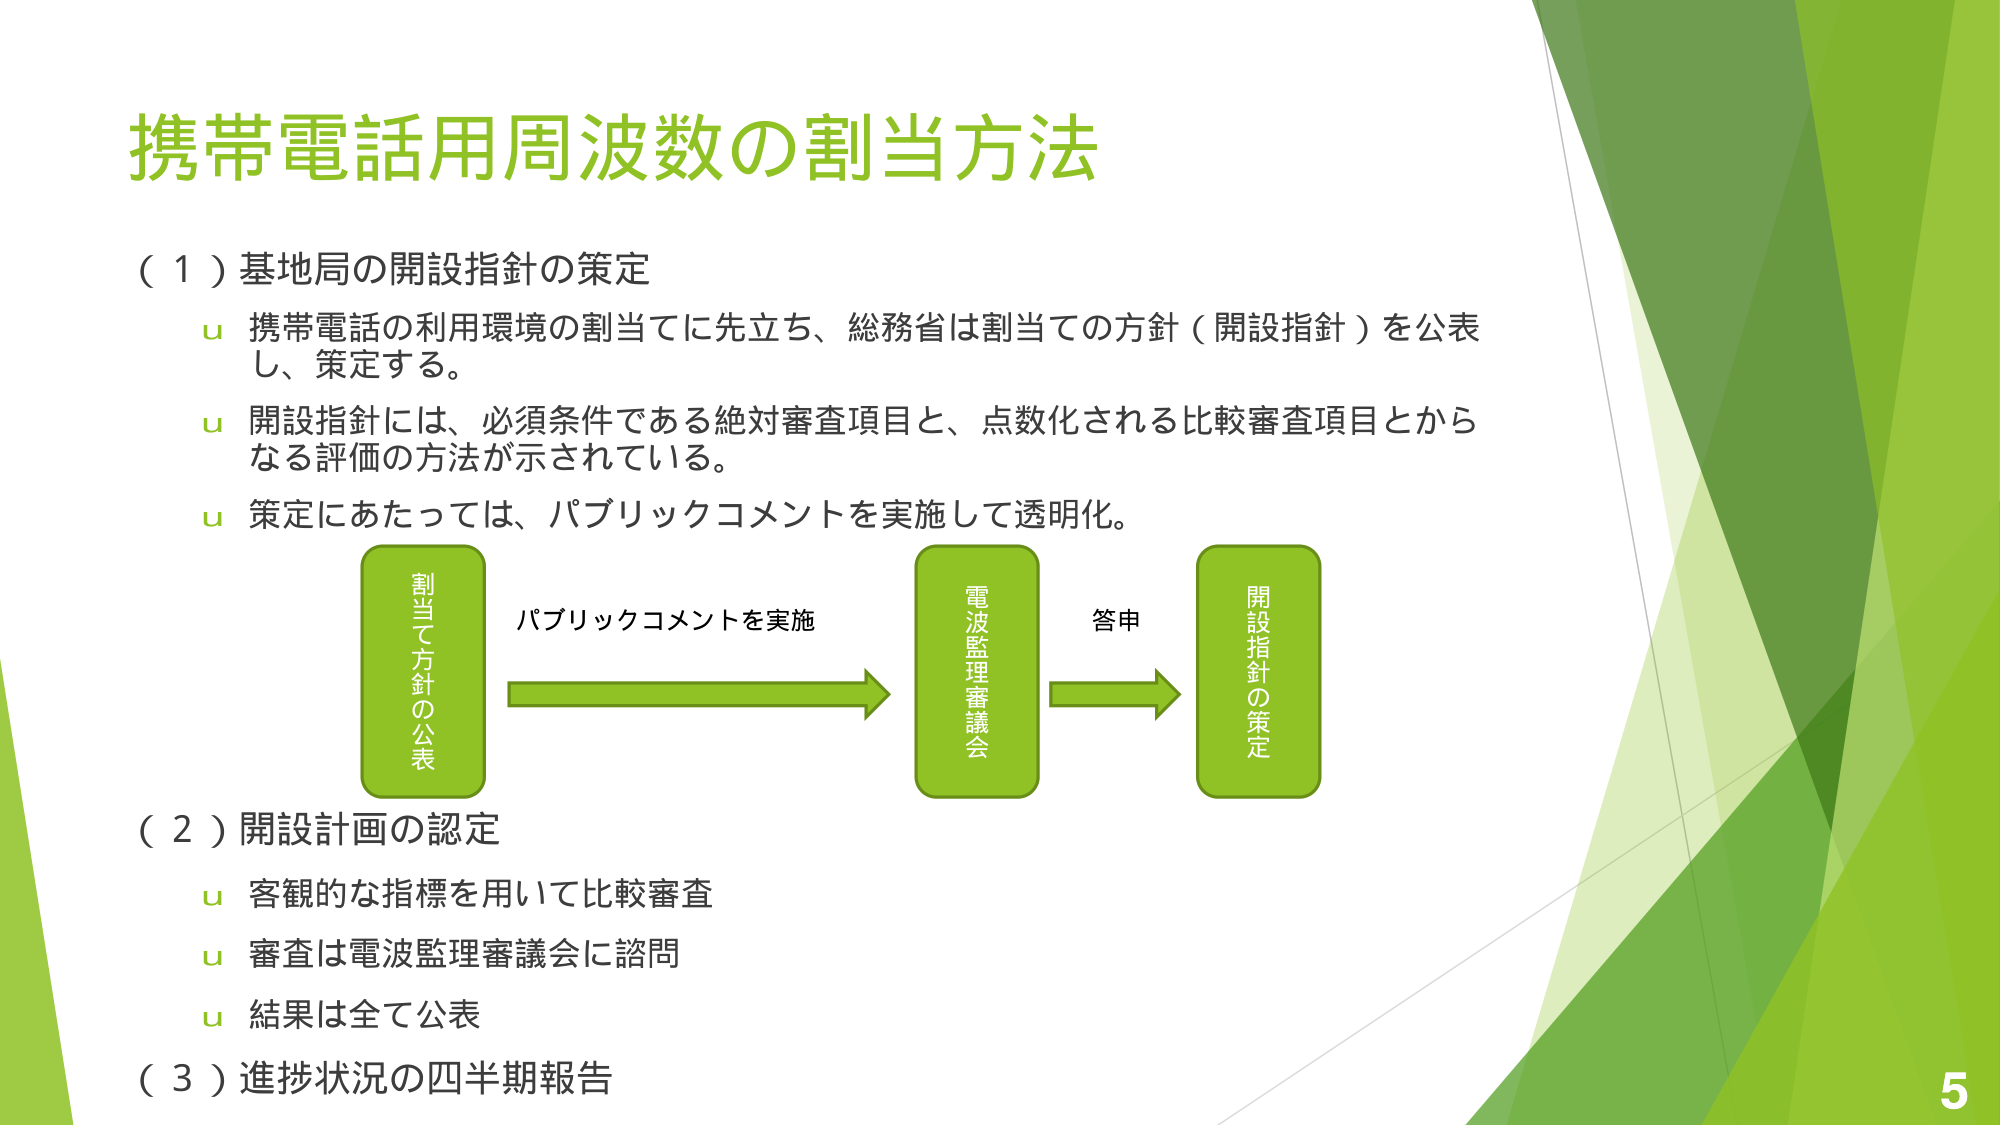
携帯電話用周波数の割当方法

（１）基地局の開設指針の策定
u 携帯電話の利用環境の割当てに先立ち、総務省は割当ての方針（開設指針）を公表し、策定する。
u 開設指針には、必須条件である絶対審査項目と、点数化される比較審査項目とからなる評価の方法が示されている。
u 策定にあたっては、パブリックコメントを実施して透明化。

割当て方針の公表 → パブリックコメントを実施 → 電波監理審議会 → 答申 → 開設指針の策定

（２）開設計画の認定
u 客観的な指標を用いて比較審査
u 審査は電波監理審議会に諮問
u 結果は全て公表

（３）進捗状況の四半期報告

5